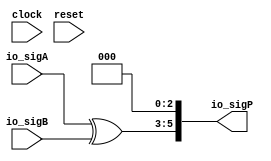
module PositMul4_0_xor(
  input        clock,
  input        reset,
  input  [2:0] io_sigA,
  input  [2:0] io_sigB,
  output [5:0] io_sigP
);
  wire [2:0] _T; // @[PositMul.scala 51:23]
  wire [2:0] _T_1; // @[PositMul.scala 51:23]
  wire [2:0] _T_2; // @[Cat.scala 29:58]
  assign _T = $signed(io_sigA) ^ $signed(io_sigB); // @[PositMul.scala 51:23]
  assign _T_1 = $signed(_T); // @[PositMul.scala 51:23]
  assign _T_2 = $unsigned(_T_1); // @[Cat.scala 29:58]
  assign io_sigP = {_T_2,3'h0}; // @[PositMul.scala 51:9]
endmodule